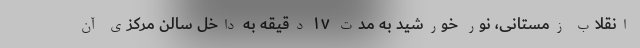
انقلاب زمستانی، نور خورشید به مدت ۱۷ دقیقه به داخل سالن مرکزی آن